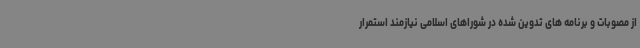
از مصوبات و برنامه های تدوین شده در شوراهای اسلامی نیازمند استمرار